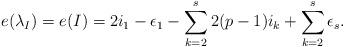
LaTeX: \begin{align*}e(\lambda_I)=e(I)=2i_1-\epsilon_1-\sum_{k=2}^{s}2(p-1)i_k+\sum_{k=2}^s\epsilon_s.\end{align*}